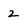
Character: 2